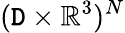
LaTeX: (\mathtt{D}\times\mathbb{{R}}^{3})^{N}